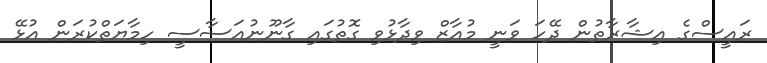
ރައީސްގެ އިޝާރާތުން ދޭހަ ވަނީ މުއާޒް ވިދާޅުވި ގޮތުގައި ގާނޫނުއަސާސީ ހިމާޔަތްކުރަން އުޅޭ